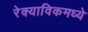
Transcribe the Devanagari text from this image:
रेक्याविकमध्ये